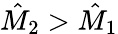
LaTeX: \hat{M}_{2}>\hat{M}_{1}